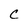
Character: c